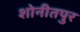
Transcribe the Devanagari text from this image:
शोनीतपुर